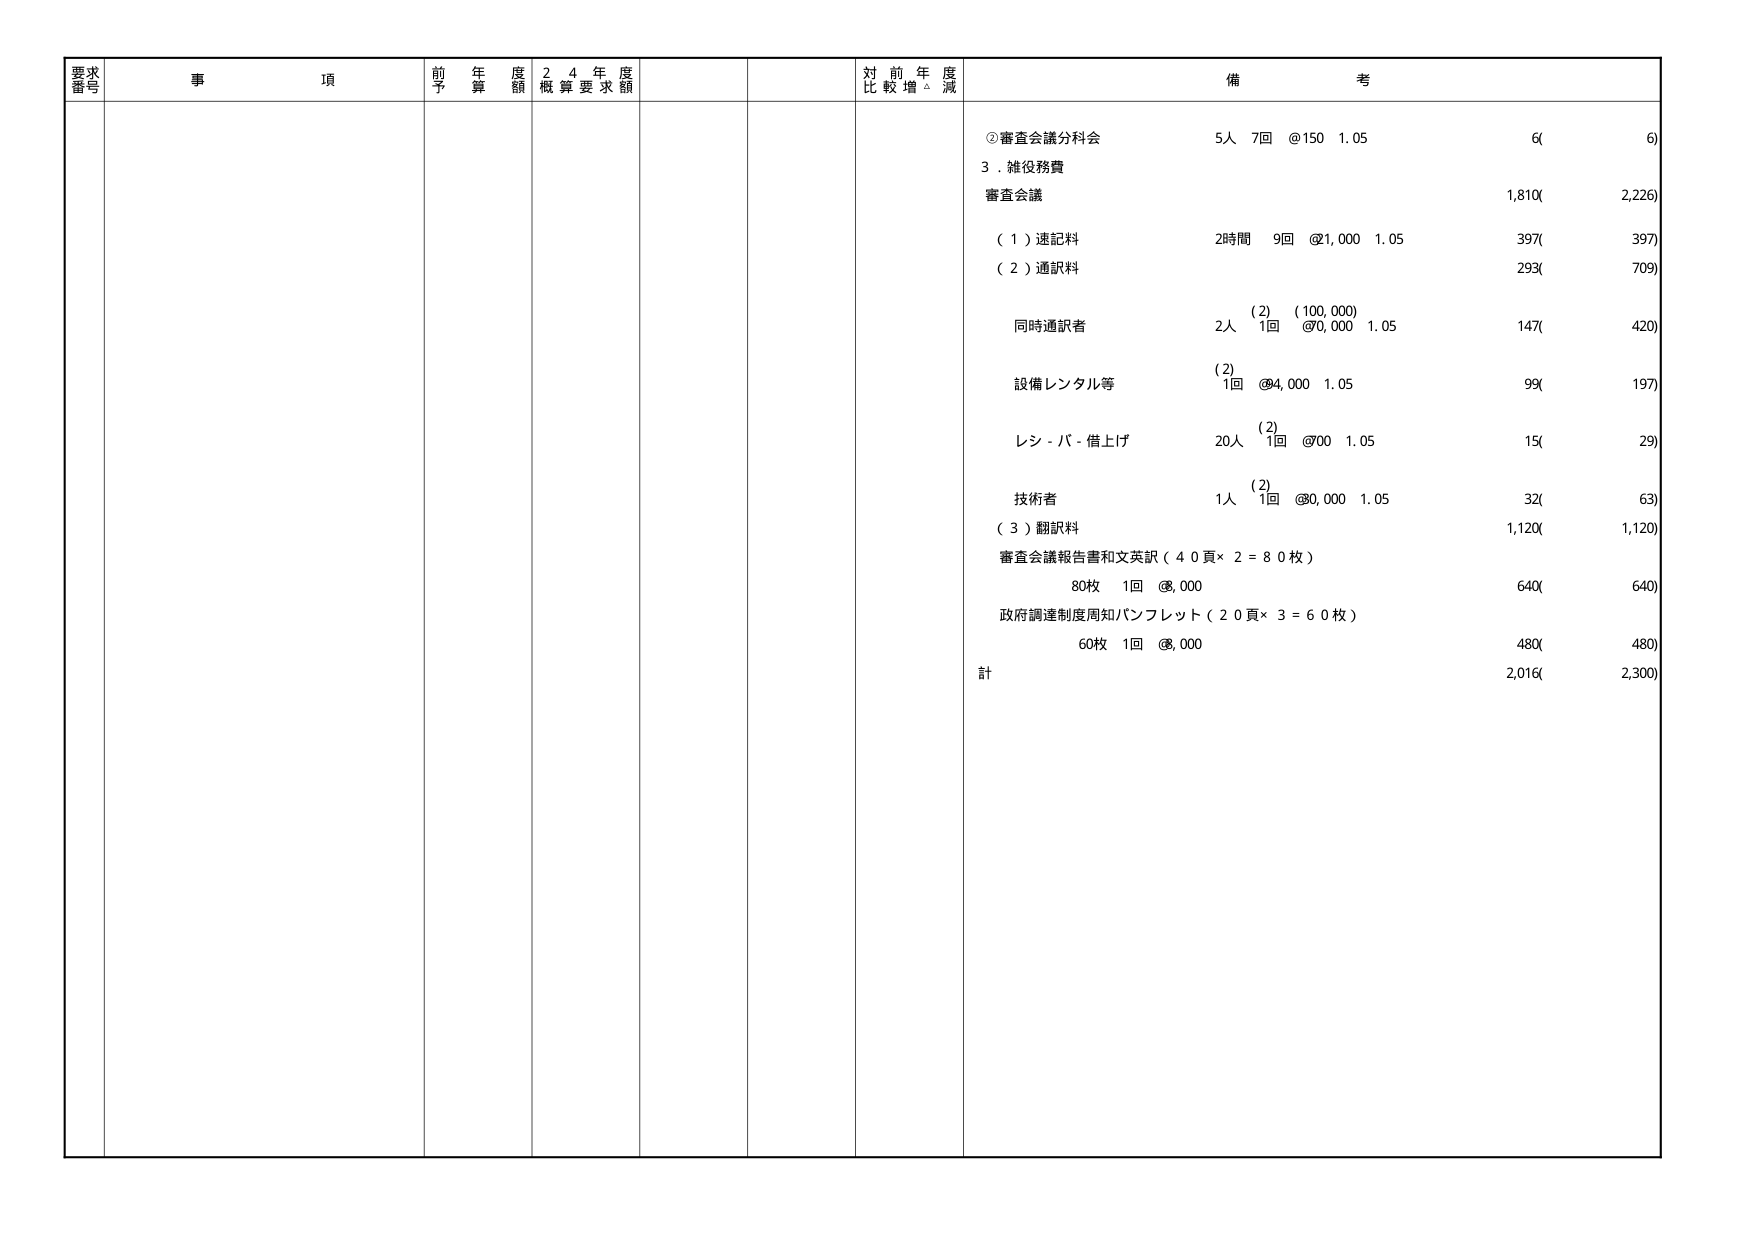
要求番号 事項 前年度予算額 24年度概算要求額 対前年度比較増減 備考
②審査会議分科会 5人 7回 @150 1.05 6( 6)
3．雑役務費
審査会議 1,810( 2,226)
（1）速記料 2時間 9回 @21,000 1.05 397( 397)
（2）通訳料 293( 709)
同時通訳者 2人 (2) (100,000) 147( 420)
1回 @70,000 1.05
設備レンタル等 (2) 1回 @94,000 1.05 99( 197)
レシ－バ－借上げ 20人 (2) 1回 @700 1.05 15( 29)
技術者 1人 (2) 1回 @80,000 1.05 32( 63)
（3）翻訳料 1,120( 1,120)
審査会議報告書和文英訳（40頁×2＝80枚） 80枚 1回 @8,000 640( 640)
政府調達制度周知パンフレット（20頁×3＝60枚） 60枚 1回 @8,000 480( 480)
計 2,016( 2,300)